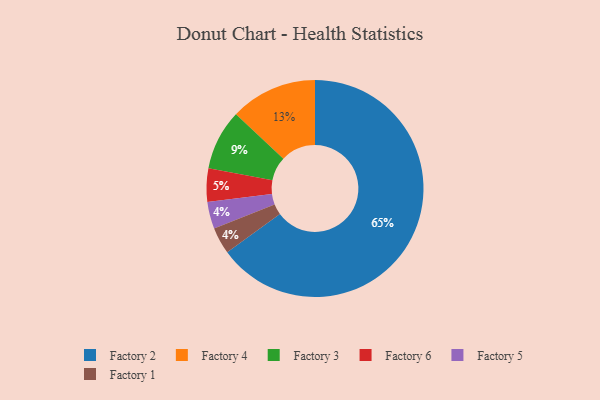
{"axis": {"x": "Category", "y": "Percentage"}, "legend": ["Factory 1", "Factory 2", "Factory 3", "Factory 4", "Factory 5", "Factory 6"], "data": [{"x": "Factory 4", "y": 13, "type": "Factory 4"}, {"x": "Factory 5", "y": 4, "type": "Factory 5"}, {"x": "Factory 2", "y": 65, "type": "Factory 2"}, {"x": "Factory 1", "y": 4, "type": "Factory 1"}, {"x": "Factory 6", "y": 5, "type": "Factory 6"}, {"x": "Factory 3", "y": 9, "type": "Factory 3"}]}